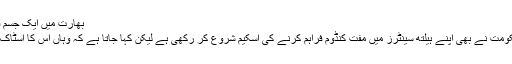
بھارت میں ایک جسم فروش خاتون ہیلتھ ورکر سے کنڈوم وصول کرتی ہوئی
بھارت میں اس بیماری کے خلاف جاری جنگ میں حکومت نے بھی اپنے ہیلتھ سینٹرز میں مفت کنڈوم فراہم کرنے کی اسکیم شروع کر رکھی ہے لیکن کہا جاتا ہے کہ وہاں اس کا اسٹاک اکثر ختم ہی رہتا ہے یا ان کی کوالٹی ٹھیک نہیں ہوتی۔